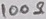
Text: 100Ω